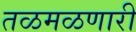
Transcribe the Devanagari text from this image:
तळमळणारी